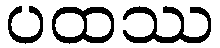
ပထဿ